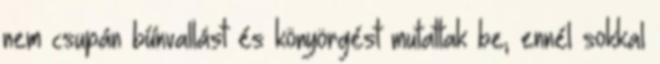
nem csupán bűnvallást és könyörgést mutattak be, ennél sokkal